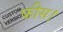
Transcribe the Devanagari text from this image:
फीस।